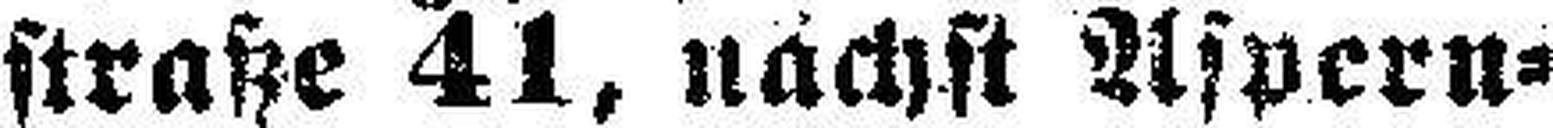
straße 41, nächst Aspern¬